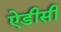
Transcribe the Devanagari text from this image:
ऐडीसी